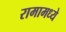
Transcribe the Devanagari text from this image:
रामामध्ये